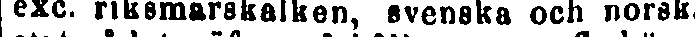
exc. riksmarskalken, svenska och norska